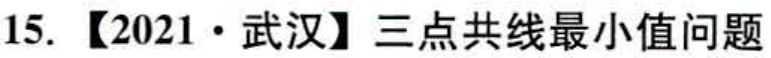
15. 【2021·武汉】三点共线最小值问题